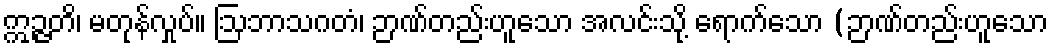
ဣဉ္ဇတိ၊ မတုန်လှုပ်။ ဩဘာသဂတံ၊ ဉာဏ်တည်းဟူသော အလင်းသို့ ရောက်သော (ဉာဏ်တည်းဟူသော